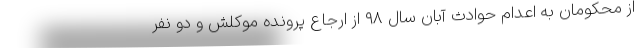
از محکومان به اعدام حوادث آبان سال ۹۸ از ارجاع پرونده موکلش و دو نفر